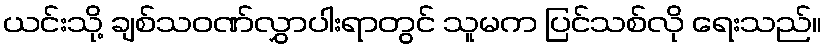
ယင်းသို့ ချစ်သဝဏ်လွှာပါးရာတွင် သူမက ပြင်သစ်လို ရေးသည်။